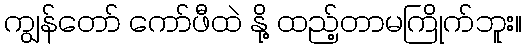
ကျွန်တော် ကော်ဖီထဲ နို့ ထည့်တာမကြိုက်ဘူး။